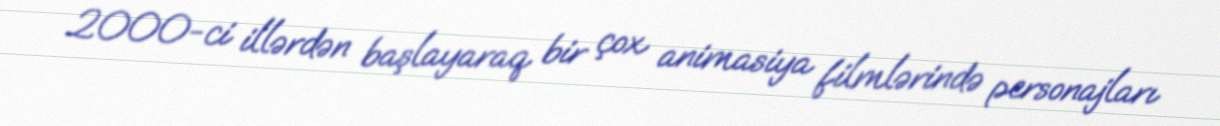
2000-ci illərdən başlayaraq bir çox animasiya filmlərində personajları